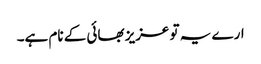
ارے یہ تو عزیز بھائی کے نام ہے۔